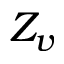
Z _ { v }